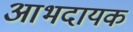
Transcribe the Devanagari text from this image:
आभदायक